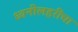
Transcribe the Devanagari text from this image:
ध्वनीलहरींचा